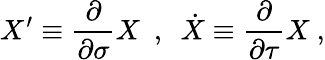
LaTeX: X^{\prime}\equiv\frac{\partial}{\partial\sigma}X\ \ ,\ \ \dot{X}\equiv\frac{\partial}{\partial\tau}X\ ,